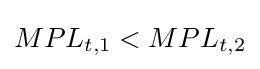
MPL_{t,1}<MPL_{t,2}